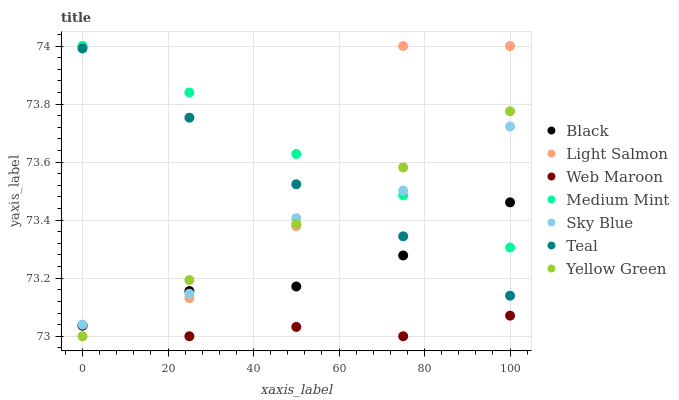
| xaxis_label | Black | Light Salmon | Web Maroon | Medium Mint | Sky Blue | Teal | Yellow Green |
 | --- | --- | --- | --- | --- | --- | --- | --- |
 | 0 | 73 | 74 | 73 | 74 | 73 | 74 | 73 |
 | 25 | 73.2 | 73.1 | 73 | 73.8 | 73.1 | 73.8 | 73.2 |
 | 50 | 73.2 | 73.4 | 73 | 73.6 | 73.4 | 73.5 | 73.4 |
 | 75 | 73.3 | 74 | 73 | 73.5 | 73.5 | 73.3 | 73.6 |
 | 100 | 73.5 | 74 | 73.1 | 73.3 | 73.7 | 73.1 | 73.8 |